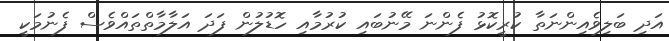
އަދި ބަލިވެއިންނަތާ ކުރީކޮޅު ފެންނަ މޭނުބައި ކުރުމާއި ހޮޑުލުން ފަދަ އަލާމާތްތައްވެސް ފެނުމަކީ